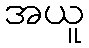
အယူ